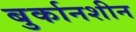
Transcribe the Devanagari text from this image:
बुर्कानशीन